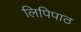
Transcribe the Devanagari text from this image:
लिपिपाठ